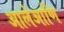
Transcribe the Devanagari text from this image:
आलेआणि